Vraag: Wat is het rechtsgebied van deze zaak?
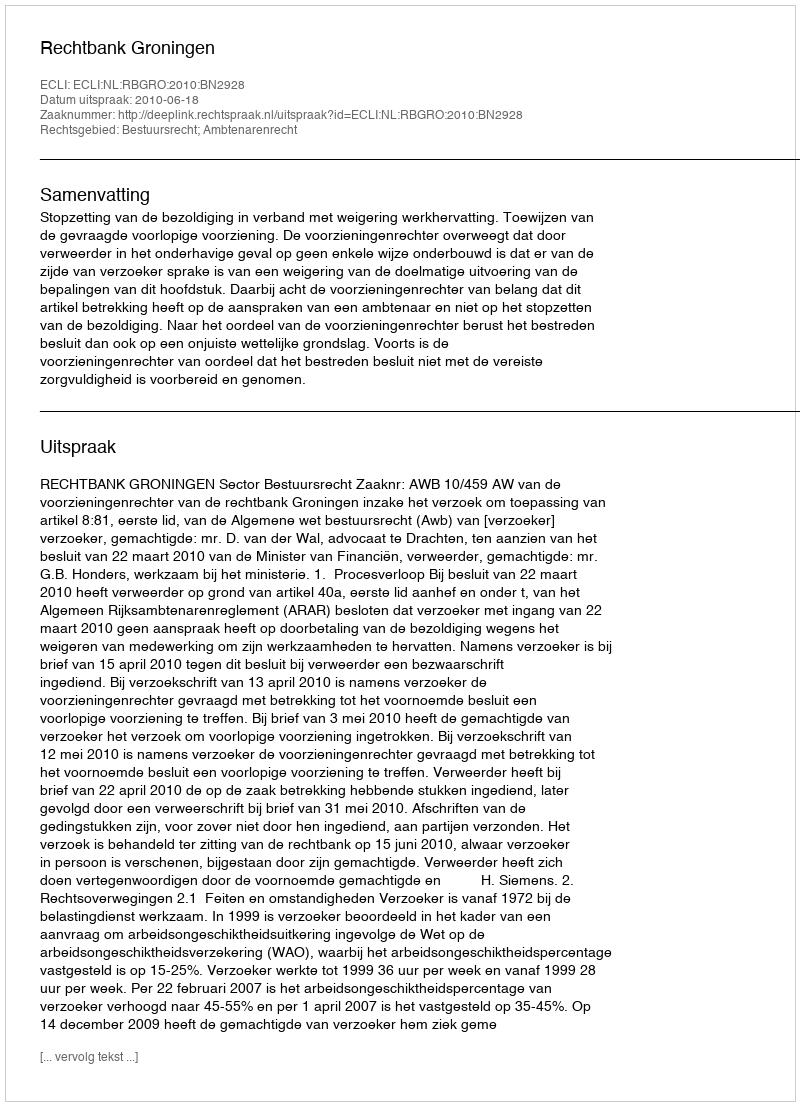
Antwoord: Bestuursrecht; Ambtenarenrecht